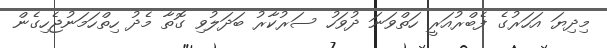
މިދިޔަ އަހަރުގެ ފެބްރުއަރީ ހަތްވަނަ ދުވަހު ސަރުކާރު ބަދަލުވި ގޮތާ މެދު ހިތްހަމަނުޖެހިގެން